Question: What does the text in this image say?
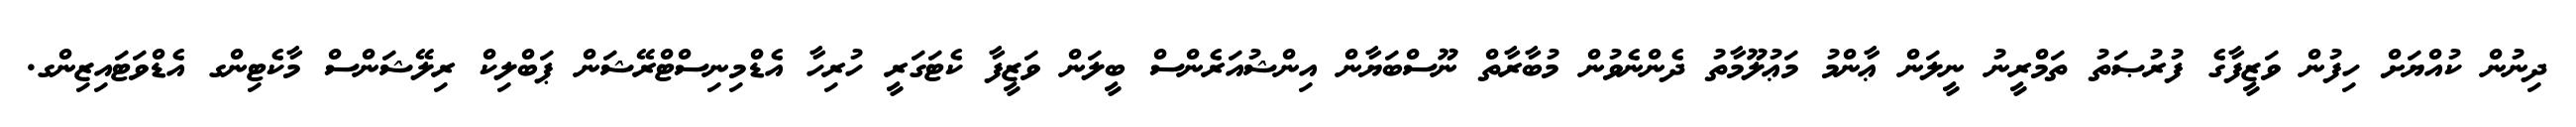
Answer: ދިނުން ކުއްޔަށް ހިފުން ވަޒީފާގެ ފުރުޞަތު ތަމްރީނު ނީލަން ޢާންމު މަޢުލޫމާތު ދެންނެވުން މުބާރާތް ނޫސްބަޔާން އިންޝުއަރެންސް ބީލަން ވަޒީފާ ކެޓަގަރީ ހުރިހާ އެޑްމިނިސްޓްރޭޝަން ޕަބްލިކް ރިލޭޝަންސް މާކެޓިންގ އެޑްވަޓައިޒިންގ.